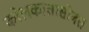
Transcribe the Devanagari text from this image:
कोलकातासोबत